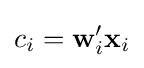
c_{i}=\mathbf {w} _{i}'\mathbf {x} _{i}